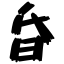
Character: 昏